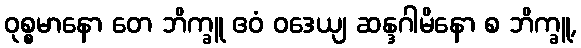
ဝုစ္စမာနော တေ ဘိက္ခူ ဧဝံ ဝဒေယျ ဆန္ဒဂါမိနော စ ဘိက္ခူ,